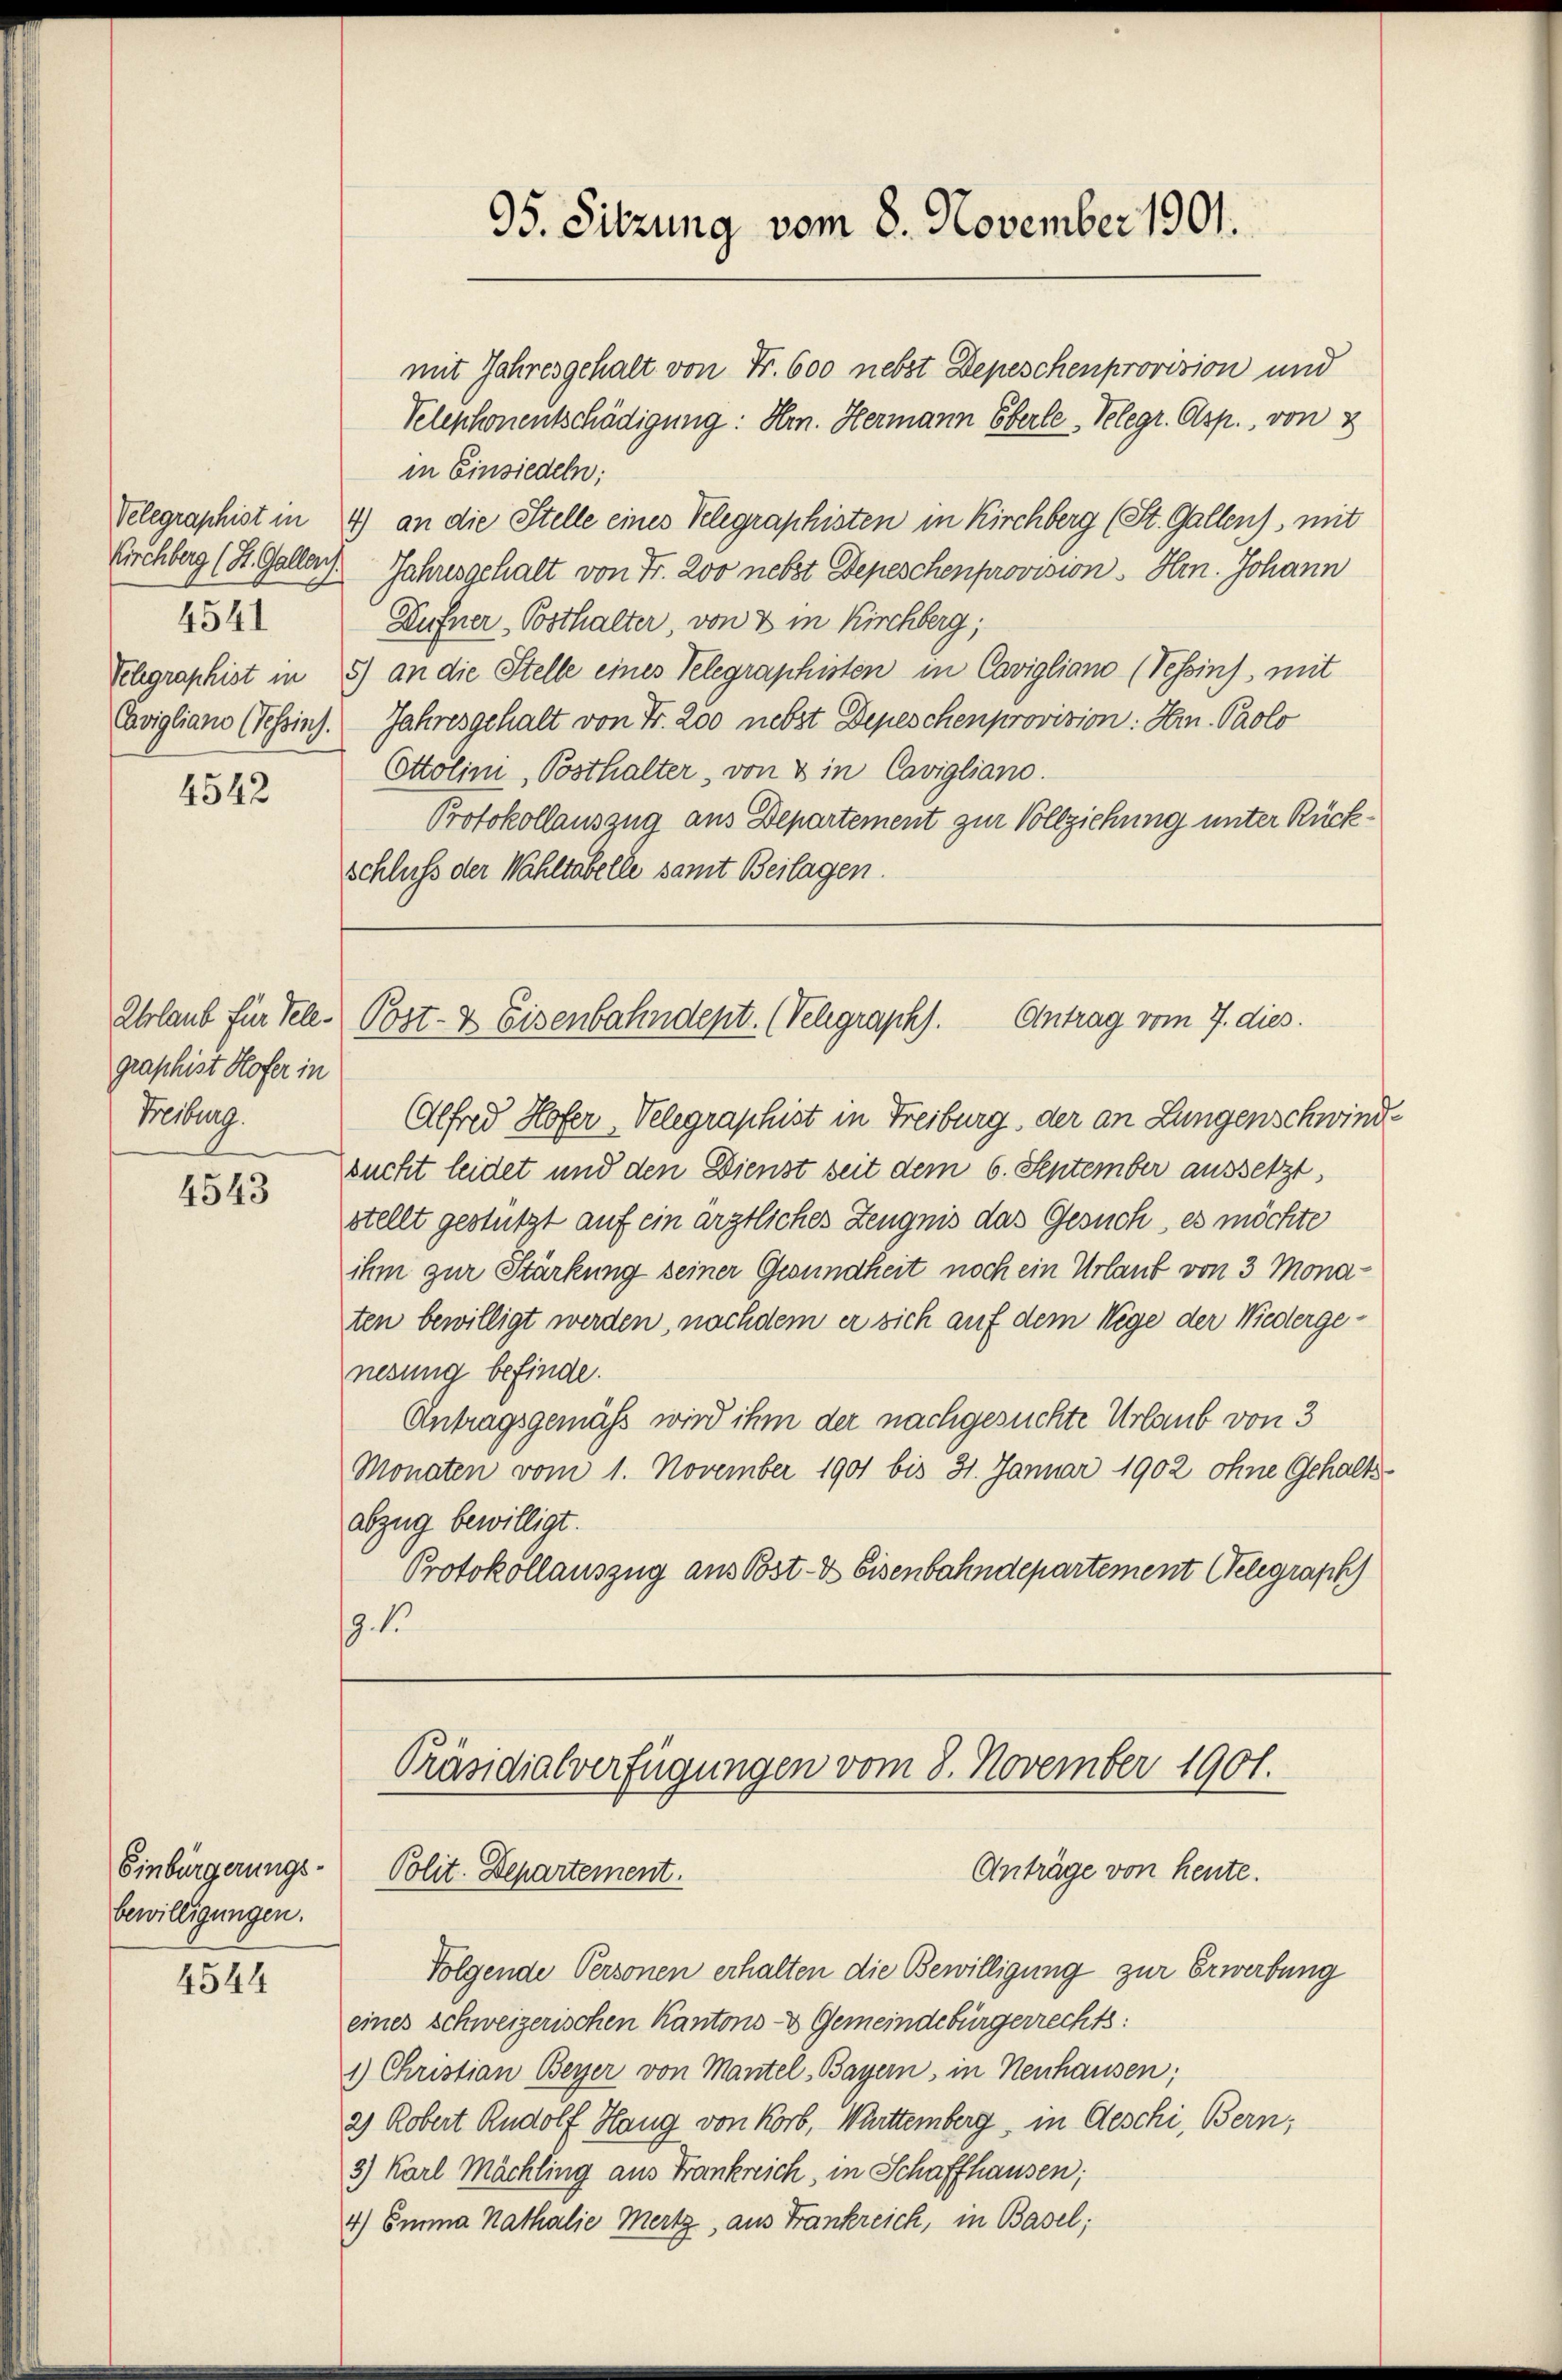
4541
Cavigliano (Tessins.

4542

graphist Hofer in
Freibung.

4543

Einbürgerungs-
bewilligungen.

4544

95. Sitzung vom 8. November 1901.

mit Jahresgehalt von Fr. 600 nebst Depeschenprovision und
Velephonentschädigung: Hrn. Hermann Eberle-Telegr. Osp., von 2
in Einsiedeln;
Velegraphist in 4) an die Stelle eines Telegraphisten in Kirchberg (St. Gallen) mit
Kirchberg (St. Galler. Jahresgehalt von Fr. 200 nebst Depeschenprovision Hrn. Johann
Dufner Posthalter, von & in Kirchberg;
Schgraphist in 8) an die Stelle eines Telegraphisten in Cavigliano (Tessins, mit
Jahresgehalt von Fr. 200 nebst Depeschenprovision: Hrn. Paolo
Ettolini, Posthalter, von & in Cavigliano.
Protokollauszug aus Departement zur Vollziehung unter Rück¬
Schluss der Wahltabelle samt Beilagen.

Antrag vom 7. dies
Urlaub für Tele Post- & Eisenbahndept. (Velegraph.

Alfred Hofer, Velegraphist in Freiburg, der an Lungenschwindsucht leidet und den Dienst seit dem 6. September aussetzt,
stellt gestützt auf ein ärztliches Zeugnis das Gesuch, es möchte
ihm zur Stärkung seiner Gesundheit noch ein Urlaub von 3 Monaten bewilligt werden, nachdem er sich auf dem Wege der Wiedergenesung befinde.
Antragsgemäss wird ihm der nachgesuchte Urlaub von 3
Monaten vom 1. November 1901 bis 31. Januar 1902 ohne Gehalts-
abzug bewilligt.
Protokollauszug aus Post- & Eisenbahndepartement (Telegraph
9.1.

Präsidialverfügungen vom 8. November 1901.
Anträge von heute.
Polit. Departement.

Folgende Personen erhalten die Bewilligung zur Erwerbung
eines schweizerischen Kantons- & Gemeindebürgerrechts:
1) Christian Beyer von Mantel, Bayern, in Neuhausen;
2) Robert Rudolf Hang von Korb, Württemberg, in Aeschi, Bern;
3) Karl Mächling aus Frankreich, in Schaffhausen;
4) Emma Kathalie Mertz, aus Frankreich, in Basel;